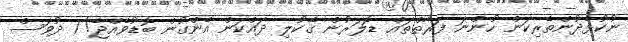
ނުކުޅެދުންތެރިކަން ހުންނަ ފަރާތްތައް ޑޮލަރުން ގޭކުލި ދައްކަން އެންގުން ބޮޑުވެއްޖެ! 1 ދުވަސް